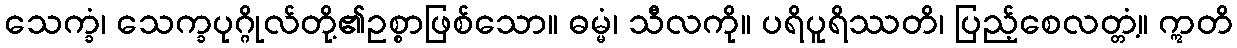
သေက္ခံ၊ သေက္ခပုဂ္ဂိုလ်တို့၏ဥစ္စာဖြစ်သော။ ဓမ္မံ၊ သီလကို။ ပရိပူရိဿတိ၊ ပြည့်စေလတ္တံ့။ ဣတိ